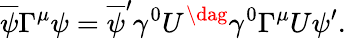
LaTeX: \overline{{{\psi}}}\Gamma^{\mu}\psi=\overline{{{\psi}}}^{\prime}\gamma^{0}U^{\dag}\gamma^{0}\Gamma^{\mu}U\psi^{\prime}.